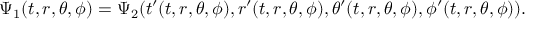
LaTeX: \Psi _ { 1 } ( t , r , \theta , \phi ) = \Psi _ { 2 } ( t ^ { \prime } ( t , r , \theta , \phi ) , r ^ { \prime } ( t , r , \theta , \phi ) , \theta ^ { \prime } ( t , r , \theta , \phi ) , \phi ^ { \prime } ( t , r , \theta , \phi ) ) .